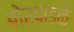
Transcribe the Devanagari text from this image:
बोरपाडळे